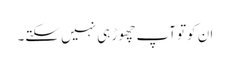
ان کوتو آپ چھوڑ ہی نہیں سکتے۔